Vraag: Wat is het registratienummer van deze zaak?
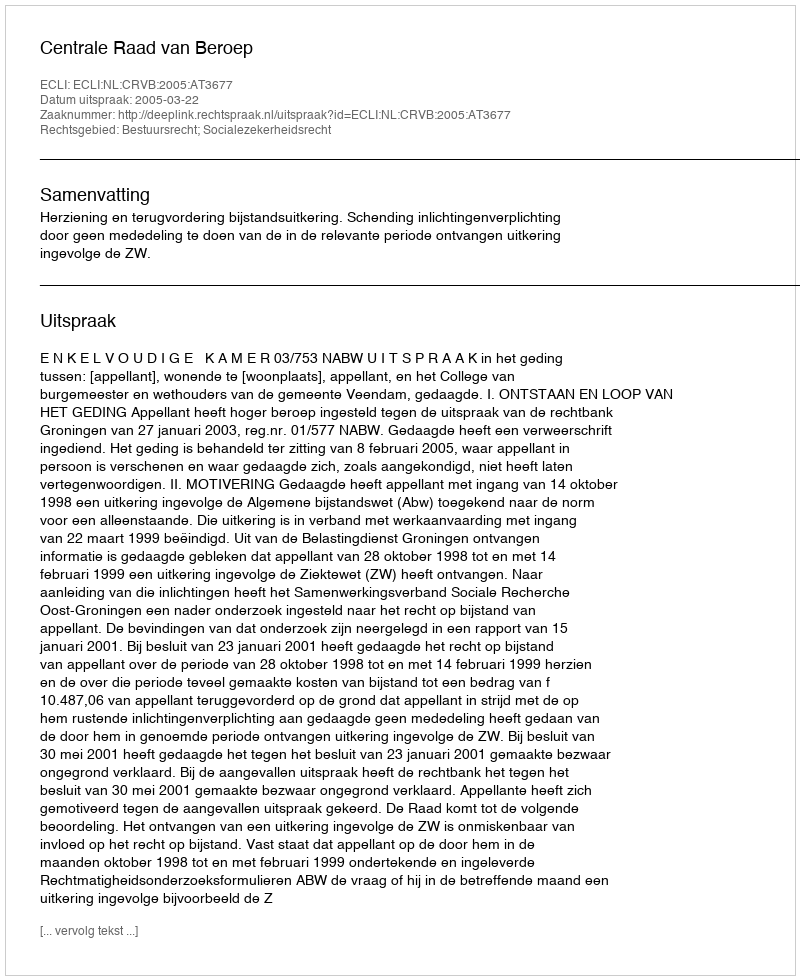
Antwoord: http://deeplink.rechtspraak.nl/uitspraak?id=ECLI:NL:CRVB:2005:AT3677